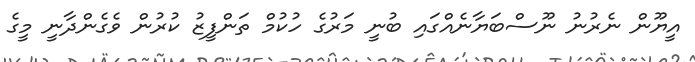
އީޔޫން ނެރުނު ނޫސްބަޔާނެއްގައި ބުނީ މަރުގެ ހުކުމް ތަންފީޒު ކުރުން ވެގެންދާނީ މީގެ